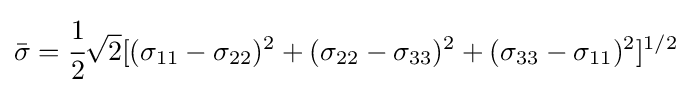
{\bar {\sigma }}={\cfrac {1}{2}}{\sqrt {2}}[({\sigma }_{11}-{\sigma }_{22})^{2}+({\sigma }_{22}-{\sigma }_{33})^{2}+({\sigma }_{33}-{\sigma }_{11})^{2}]^{1/2}